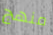
منهج